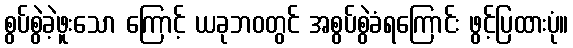
စွပ်စွဲခဲ့ဖူးသော ကြောင့် ယခုဘဝတွင် အစွပ်စွဲခံရကြောင်း ဖွင့်ပြထားပုံ။